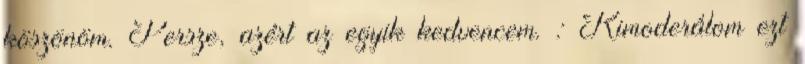
köszönöm. Persze, azért az egyik kedvencem. : Kimoderálom ezt